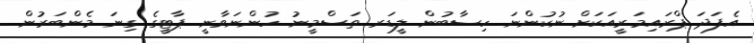
އެފަދަ ޕްރައިމަރީއަކަށް ނުކުންނަ ހިސާބުން ލީޑަރ ތަސްމީނު ހުންނަވާނީ ޕާޓީގެ ގިނަ މެންބަރުން